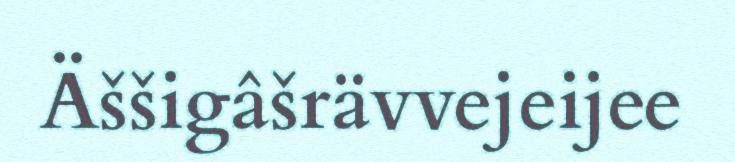
Äššigâšrävvejeijee